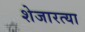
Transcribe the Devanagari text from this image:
शेजारत्या